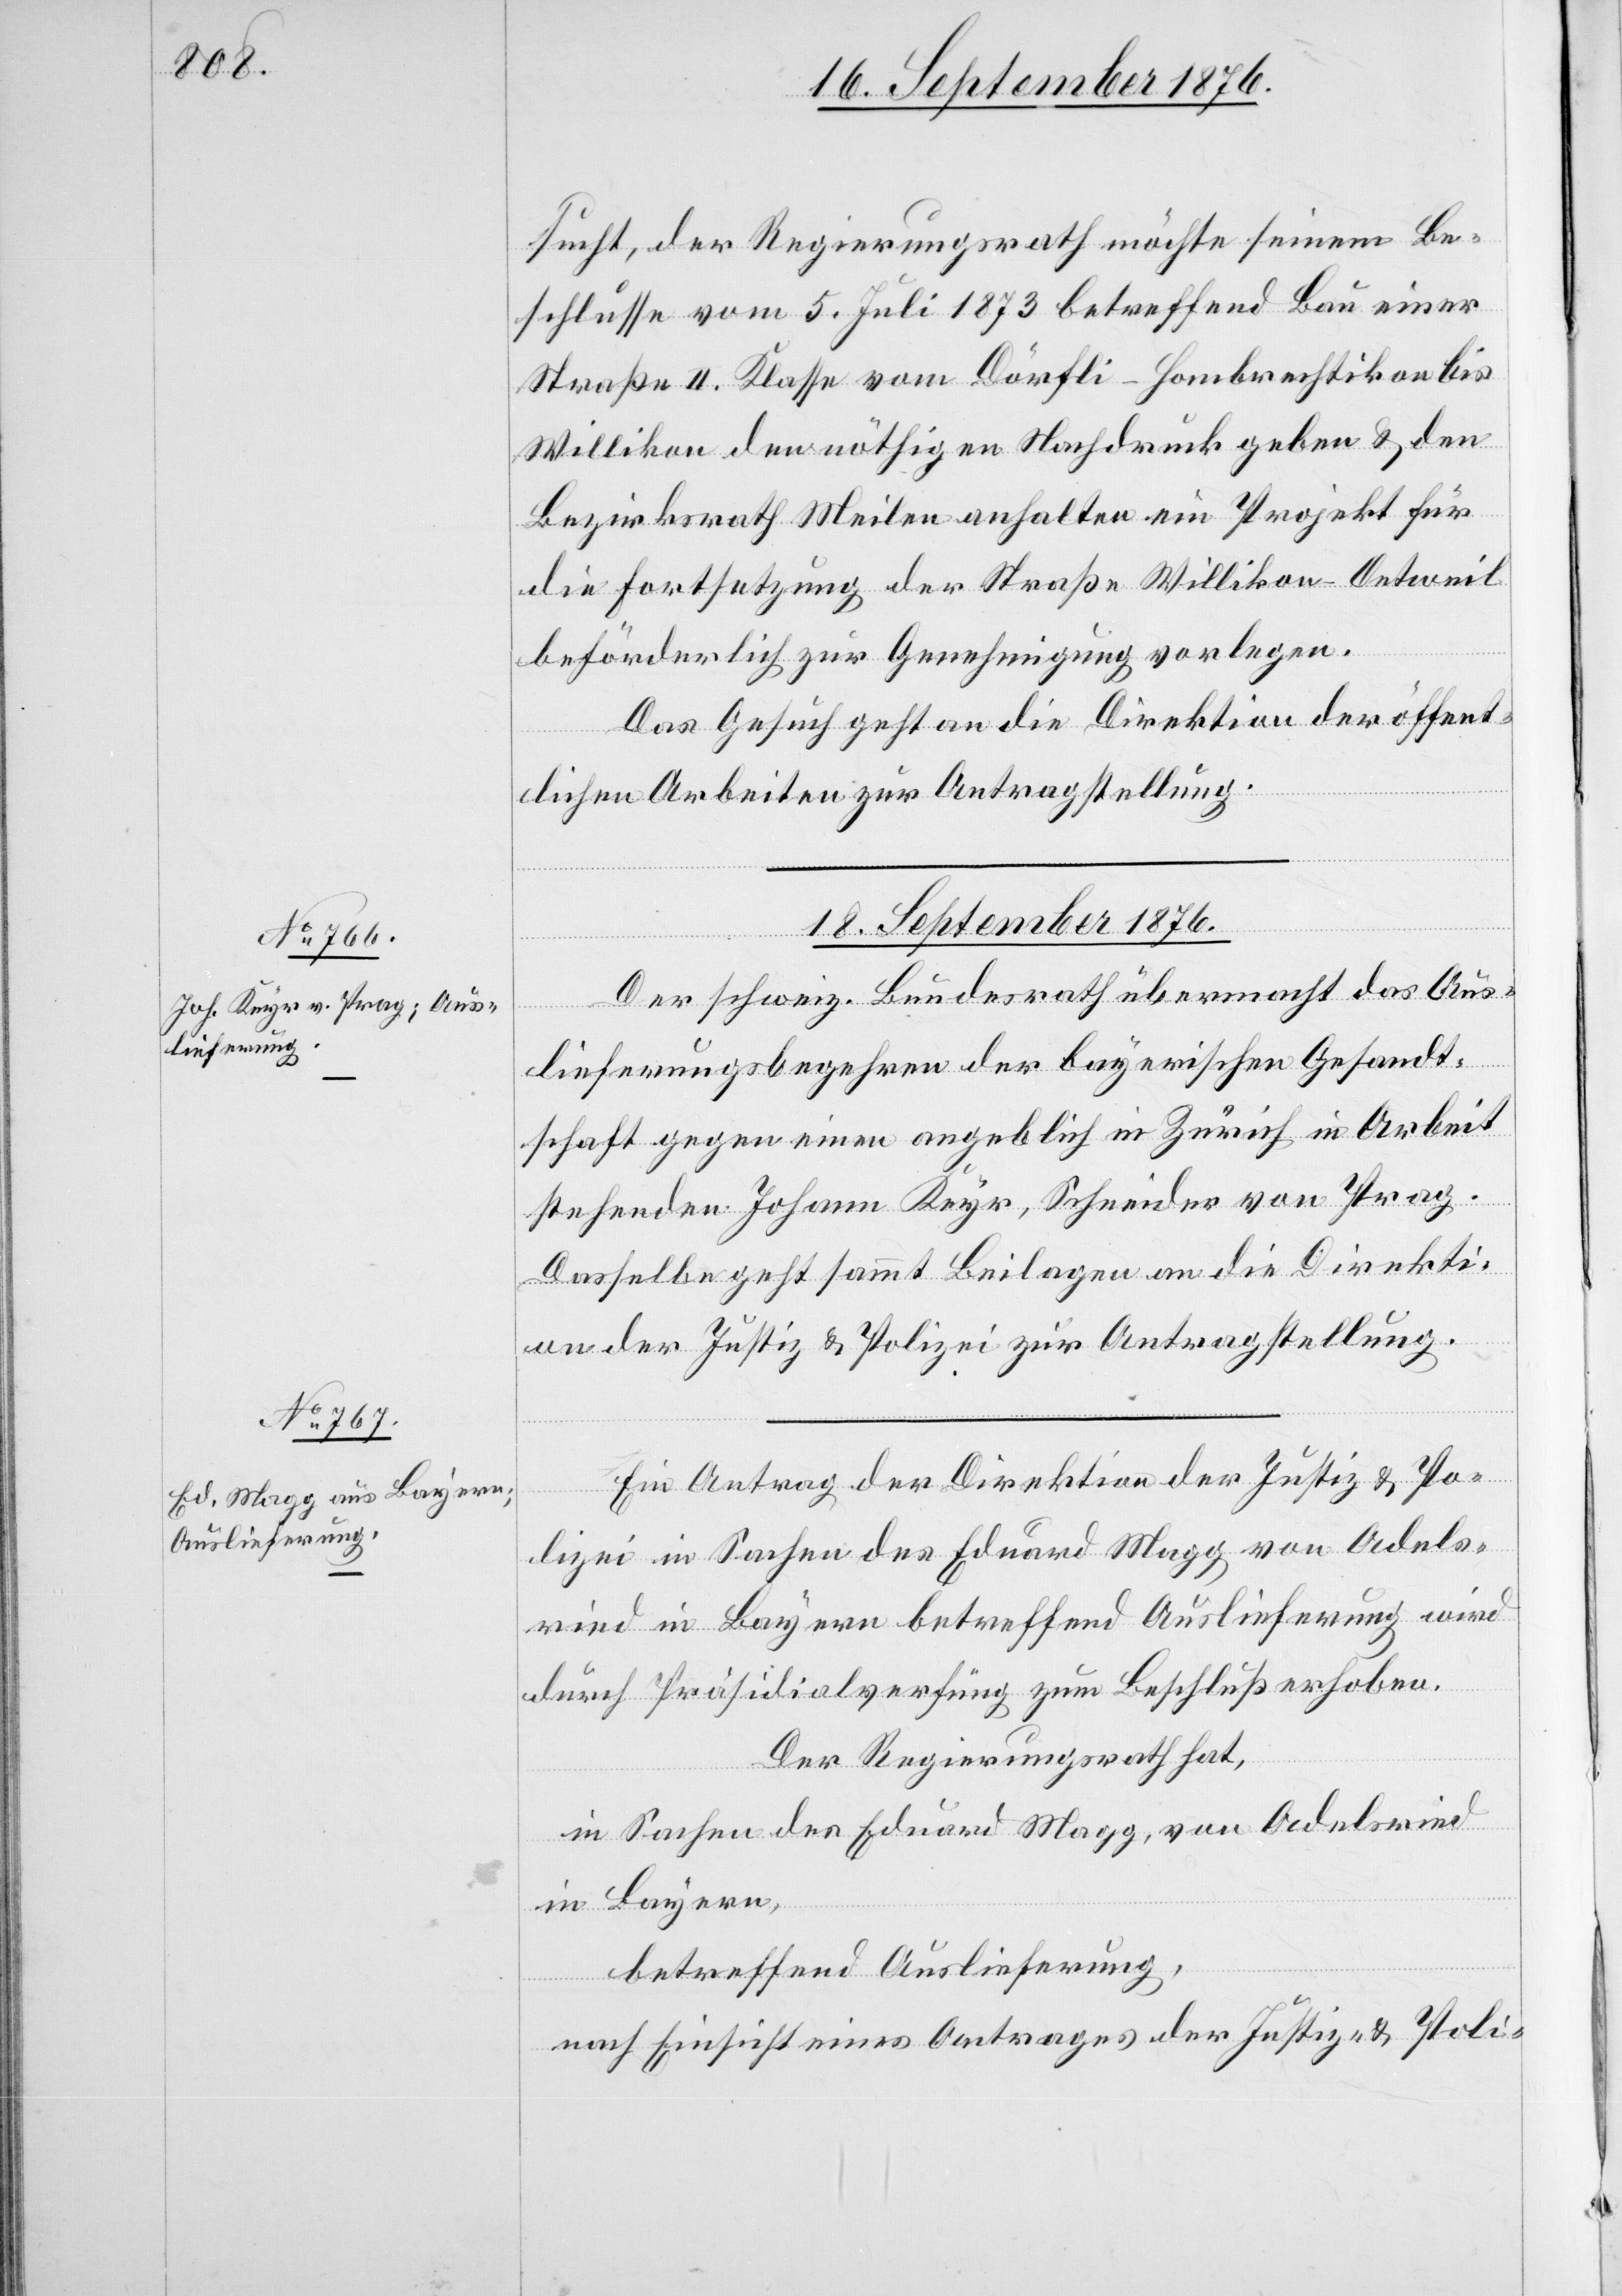
sucht, der Regierungsrath möchte seinem Be¬
schlusse vom 5. Juli 1873 betreffend Bau einer
Straße II. Klasse vom Dörfli - Hombrechtikon bis
Willikon den nöthigen Nachdruck geben & den
Bezirksrath Meilen anhalten ein Projekt für
die Fortsetzung der Straße Willikon–Oetweil
beförderlich zur Genehmigung vorlegen.
Das Gesuch geht an die Direktion der öffent¬
lichen Arbeiten zur Antragstellung.
18. September 1876.]
Der schweiz. Bundesrath übermacht das Aus¬
lieferungsbegehren der bayerischen Gesandt¬
schaft gegen einen angeblich in Zürich in Arbeit
stehenden Johann Keyr, Schneider von Prag.
Dasselbe geht sammt Beilagen an die Direkti¬
on der Justiz & Polizei zur Antragstellung.
Ein Antrag der Direktion der Justiz & Po¬
lizei in Sachen des Eduard Magg von Adels¬
ried in Bayern betreffend Auslieferung wird
durch Präsidialverfügung zum Beschluß erhoben.
Der Regierungsrath hat,
in Sachen des Eduard Magg, von Adelsried
in Bayern,
betreffend Auslieferung,
nach Einsicht eines Antrages der Justiz- & Poli-